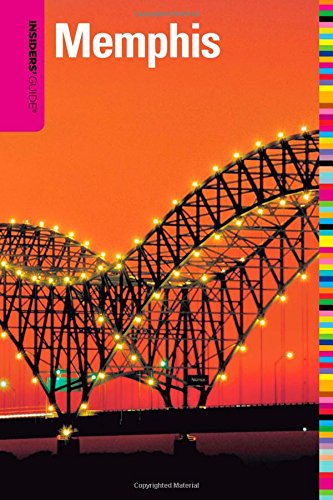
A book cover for Insiders' GuideÂ® to Memphis (Insiders' Guide Series); Rebecca Finlayson; Travel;